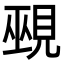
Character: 覡